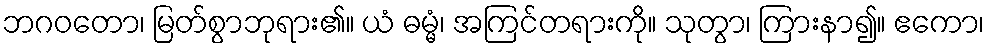
ဘဂဝတော၊ မြတ်စွာဘုရား၏။ ယံ ဓမ္မံ၊ အကြင်တရားကို။ သုတွာ၊ ကြားနာ၍။ ဧကော၊